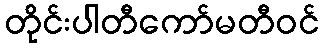
တိုင်းပါတီကော်မတီဝင်